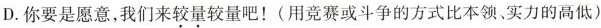
D. 你要是愿意，我们来较量较量吧！(用竞赛或斗争的方式比本领实力的高低)